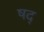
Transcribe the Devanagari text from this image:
षद्